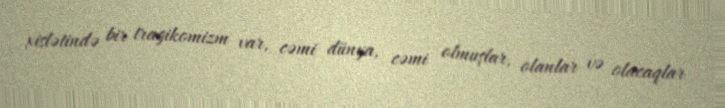
xislətində bir tragikomizm var, cəmi dünya, cəmi olmuşlar, olanlar və olacaqlar